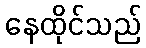
နေထိုင်သည်